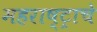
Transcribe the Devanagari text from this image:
महराष्ट्राचे